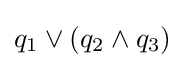
q_{1}\vee (q_{2}\wedge q_{3})